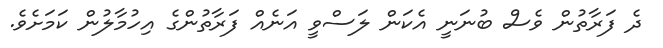
ދެ ފަރާތުން ވެސް ބުނަނީ އެކަން ލަސްވީ އަނެއް ފަރާތުންގެ އިހުމާލުން ކަމަށެވެ.